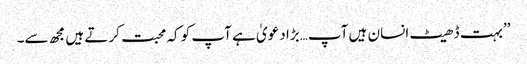
’’بہت ڈھیٹ انسان ہیں آپ…بڑا دعویٰ ہے آپ کو کہ محبت کرتے ہیں مجھ سے۔